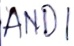
Text: AND1